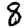
Digit: 8